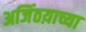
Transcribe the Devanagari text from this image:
अजिंठय़ाच्या